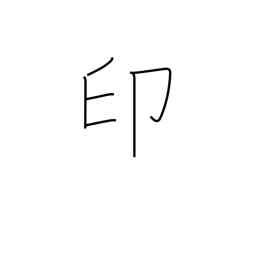
Meaning: seal